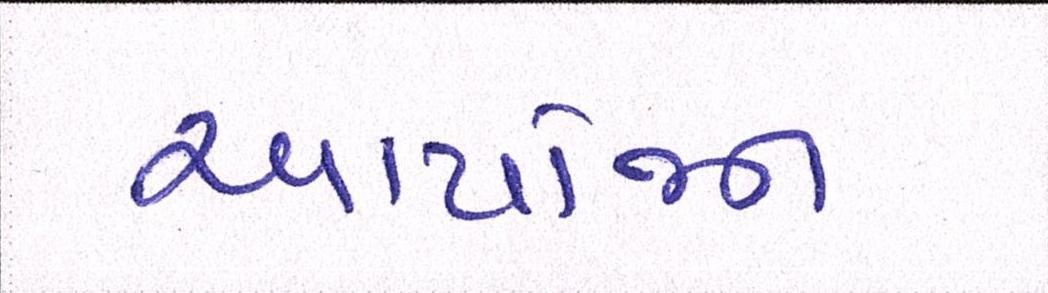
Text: આયોજન